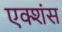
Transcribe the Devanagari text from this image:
एक्शंस